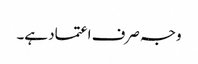
وجہ صرف اعتماد ہے۔